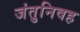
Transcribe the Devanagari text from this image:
जंतुनिवह